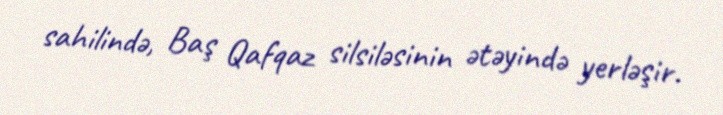
sahilində, Baş Qafqaz silsiləsinin ətəyində yerləşir.